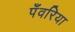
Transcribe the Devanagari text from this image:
पँवरिया